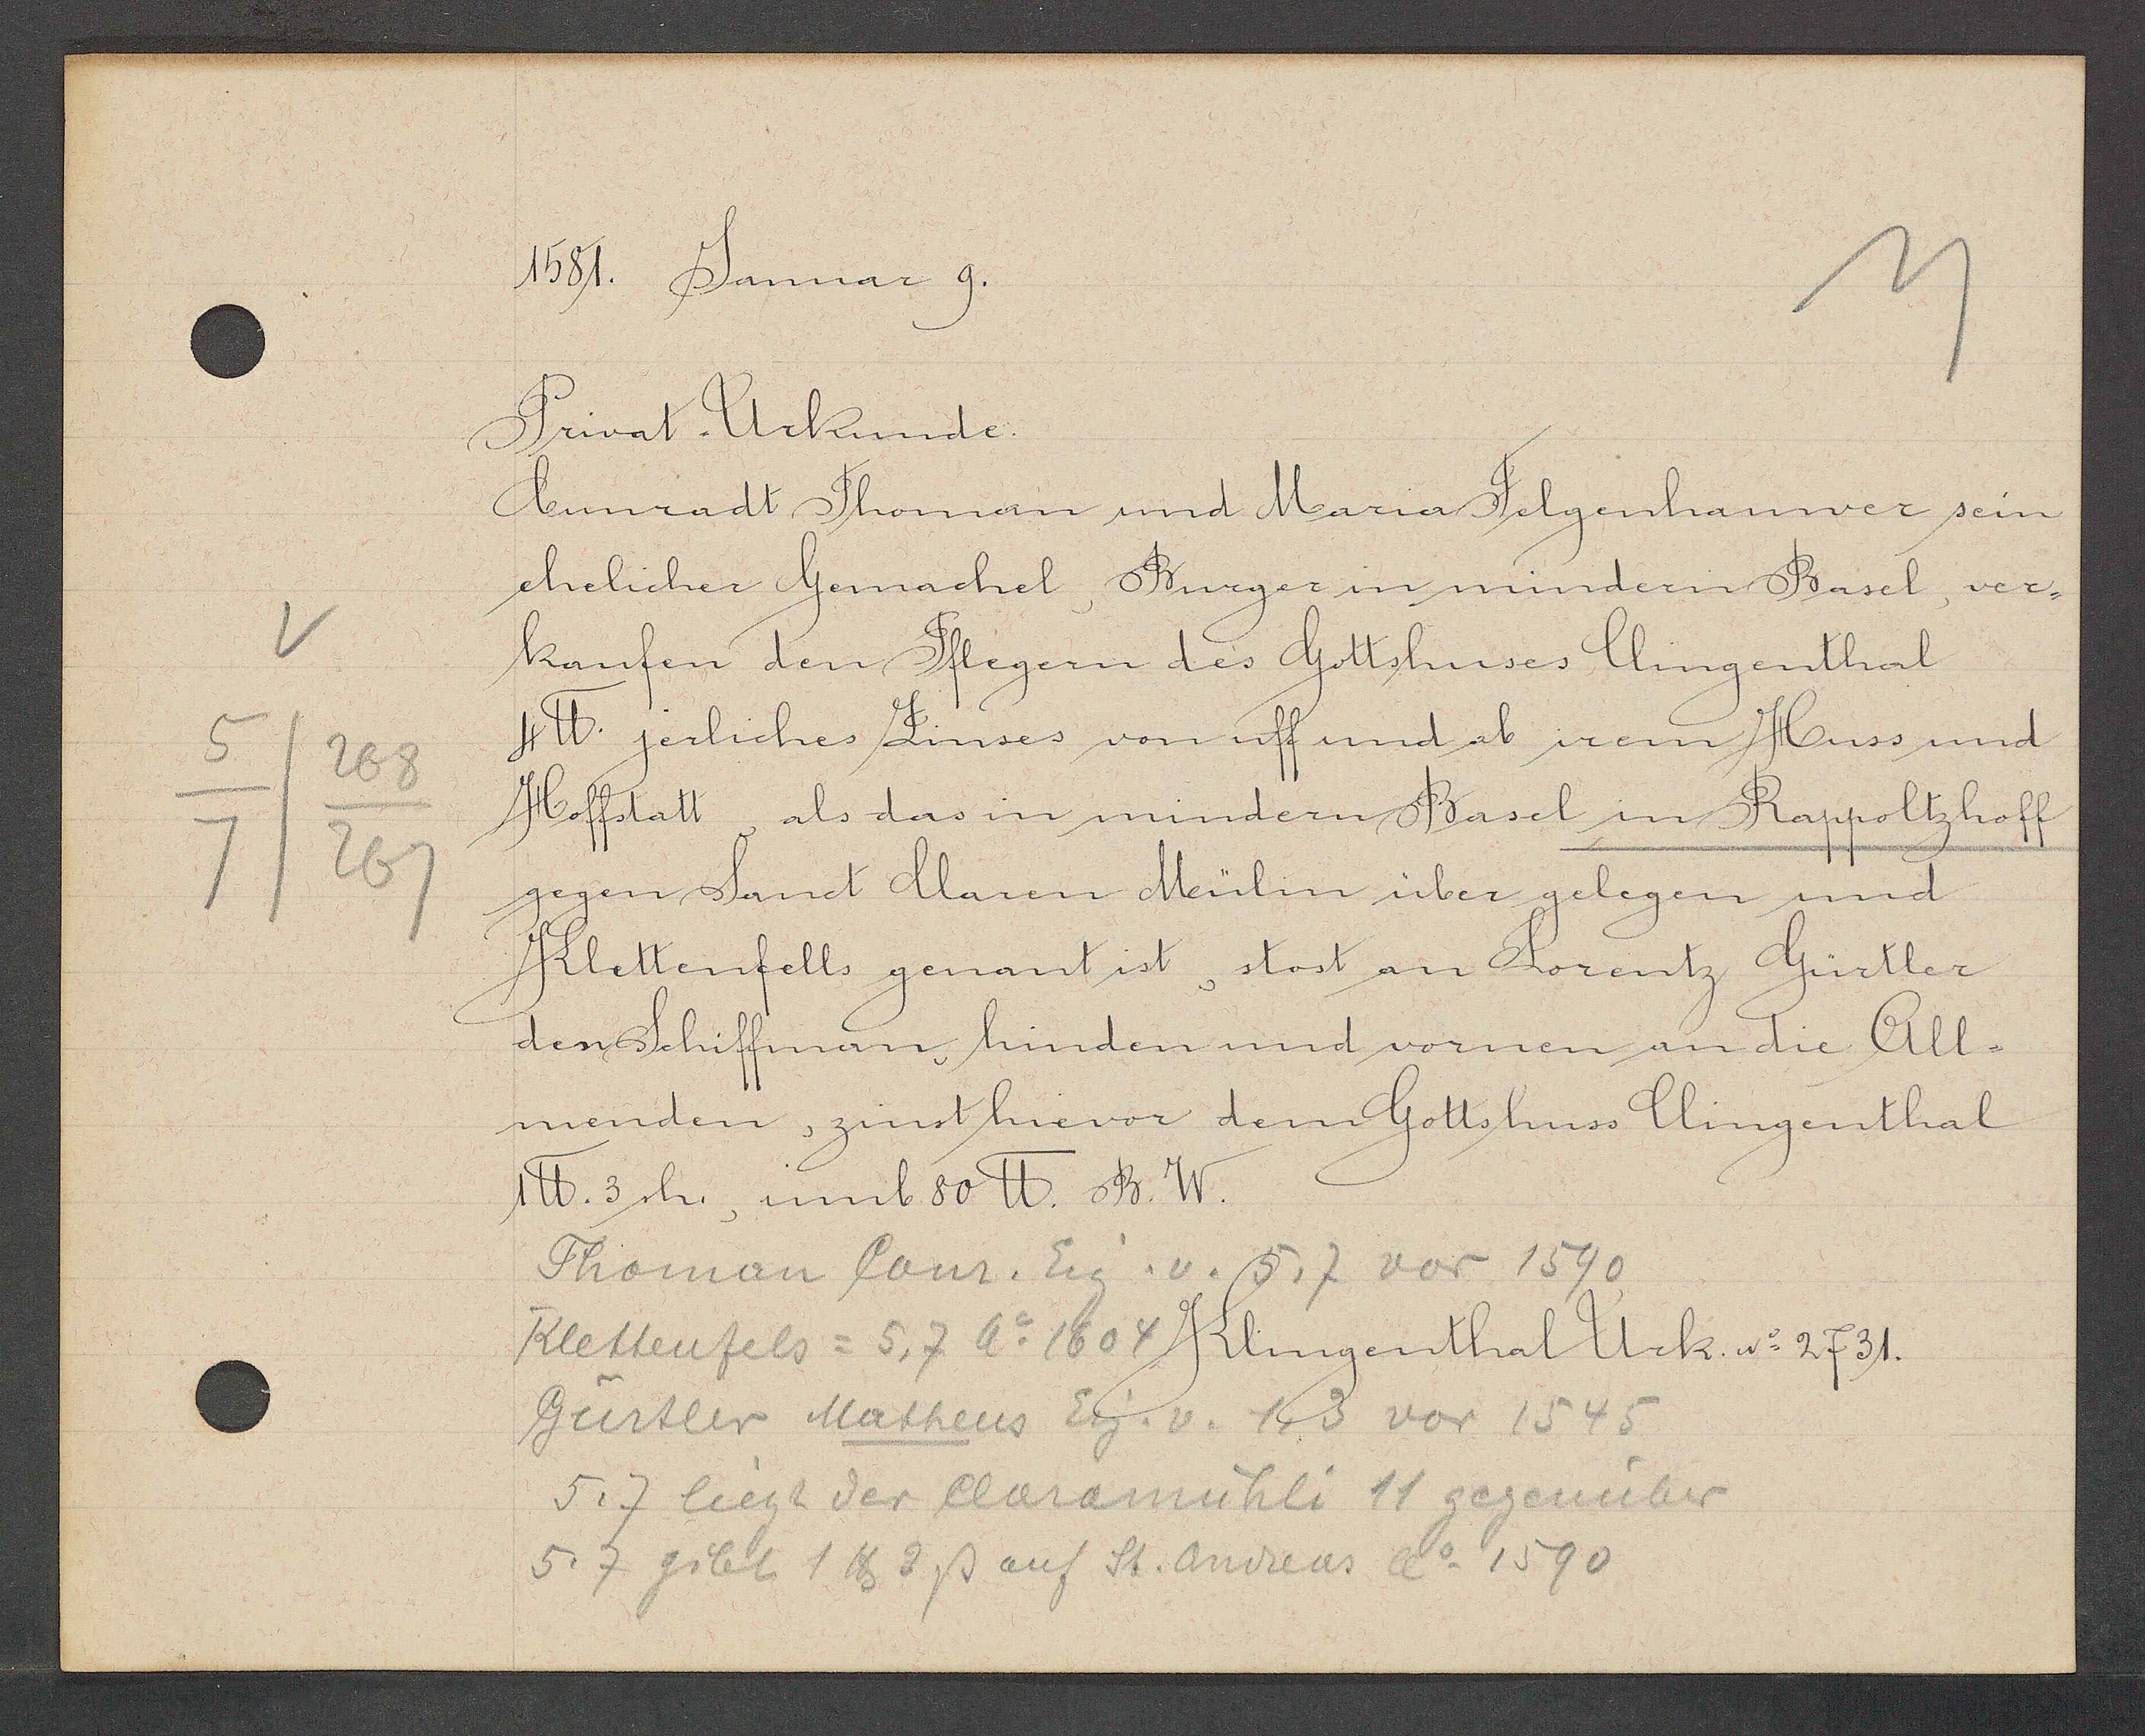
Transcript:
268
5
267
7

1581. Januar 9.

Privat Urkunde.
Cunradt Thoman und Maria Felgenhauwer sein
ehelicher Gemachel, Burger in mindern Basel, ver¬
kaufen den Pflegern des Gottshuses Clingenthal
4℔. jerliches Zinses von uff und ab irem Huss und
Hoffstatt, als das in mindern Basel in Rappoltzhoff
gegen Sant Claren Mülin über gelegen und
Klettenfells genant ist, stost an Lorentz Gürtler
den Schiffman, hinden und vornen an die All¬
menden, zinst hievor dem Gottshuss Clingenthal
1℔. 3 sh., umb 80 ℔. B. W.

Thoman Conr. Eig. v. 5,7 vor 1590
Mettenfels = 5, 7 Ao 1604
Gürtler Matheus Eig. v. 1, 3 vor 1545
5, 7 liegt der Claramühli 11 gegenüber
5, 7 gibt 1 ℔ 3 ß auf St. Andreas Ao 1590

Klingenthal Urk. No 2731.